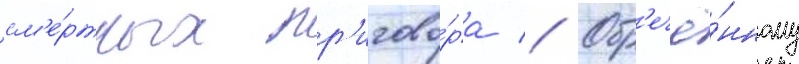
см'е́ртных пр'игово́ра // Обр'ечё́нному